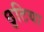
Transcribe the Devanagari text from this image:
छुटिया